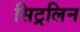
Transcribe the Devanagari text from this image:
सिट्रलिन